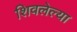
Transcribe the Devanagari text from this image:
शिवलेल्या